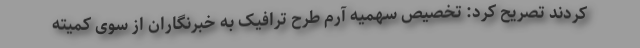
کردند تصریح کرد: تخصیص سهمیه آرم طرح ترافیک به خبرنگاران از سوی کمیته